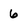
Character: 6